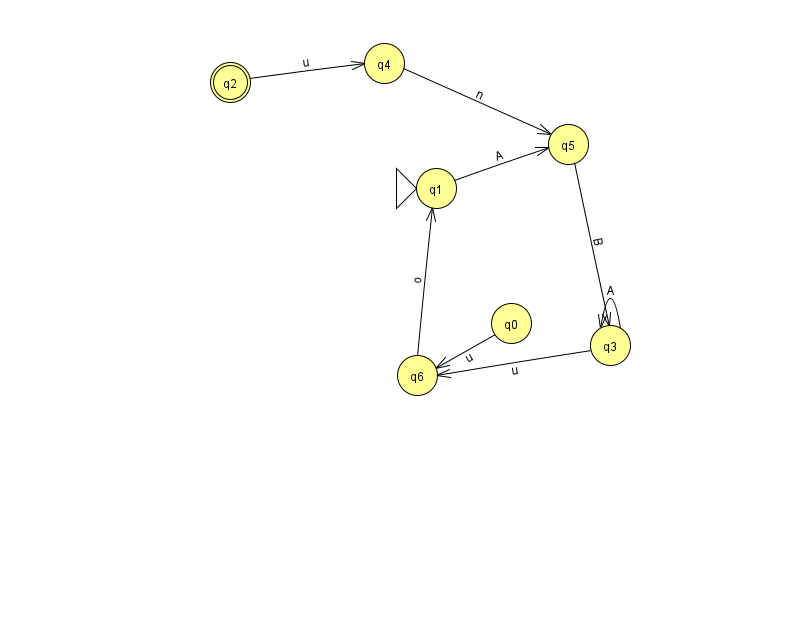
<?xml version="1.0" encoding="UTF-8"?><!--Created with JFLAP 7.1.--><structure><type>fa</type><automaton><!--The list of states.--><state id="0" name="q0"><x>511.0</x><y>310.0</y></state><state id="1" name="q1"><x>436.0</x><y>175.0</y><initial/></state><state id="2" name="q2"><x>230.0</x><y>69.0</y><final/></state><state id="3" name="q3"><x>610.0</x><y>332.0</y></state><state id="4" name="q4"><x>384.0</x><y>50.0</y></state><state id="5" name="q5"><x>568.0</x><y>131.0</y></state><state id="6" name="q6"><x>417.0</x><y>362.0</y></state><!--The list of transitions.--><transition><from>3</from><to>3</to><read>A</read></transition><transition><from>1</from><to>5</to><read>A</read></transition><transition><from>6</from><to>1</to><read>o</read></transition><transition><from>2</from><to>4</to><read>u</read></transition><transition><from>5</from><to>3</to><read>B</read></transition><transition><from>4</from><to>5</to><read>n</read></transition><transition><from>0</from><to>6</to><read>u</read></transition><transition><from>3</from><to>6</to><read>u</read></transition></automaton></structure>